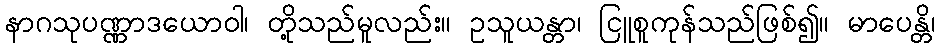
နာဂသုပဏ္ဏာဒယောဝါ၊ တို့သည်မူလည်း။ ဥသူယန္တာ၊ ငြူစူကုန်သည်ဖြစ်၍။ မာပေန္တိ၊